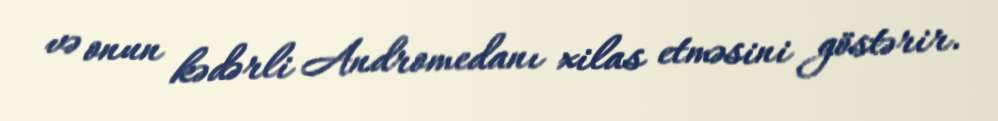
və onun kədərli Andromedanı xilas etməsini göstərir.